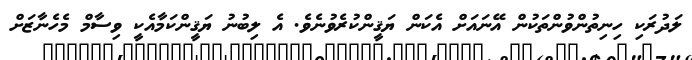
ލަދުރަކި ހިނިތުންވުންތަކުން އޭނައަށް އެކަން ޔަޤީންކުރެވުނެވެ. އެ ލިބުނު ޔަޤީންކަމާއެކީ ވިސާމް މެހެނާޒަށް